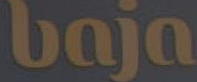
baja